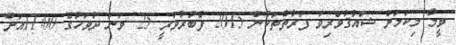
ވީމާ މިކަމަށް ޝައުޤުވެރިވާ ފަރާތްތަކުން 2015 ފެބުރުވަރީ 25 ވަނަ ދުވަހުގެ 11:00އަށް